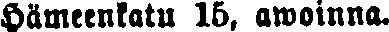
Hämeenkatu 15, awoinna.